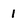
Character: 1